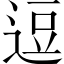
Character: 逗